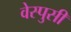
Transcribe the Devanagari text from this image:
वेस्पुसी